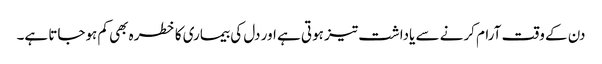
دن کے وقت آرام کرنے سے یاداشت تیز ہوتی ہے اور دل کی بیماری کا خطرہ بھی کم ہوجاتا ہے۔